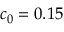
c _ { 0 } = 0 . 1 5